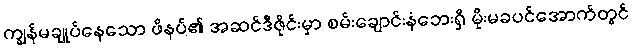
ကျွန်မချုပ်နေသော ဖိနပ်၏ အဆင်ဒီဇိုင်းမှာ စမ်းချောင်းနံဘေးရှိ မိုးမခပင်အောက်တွင်